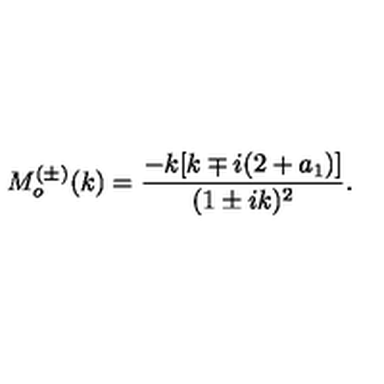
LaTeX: M _ { o } ^ { ( \pm ) } ( k ) = \frac { - k [ k \mp i ( 2 + a _ { 1 } ) ] } { ( 1 \pm i k ) ^ { 2 } } .